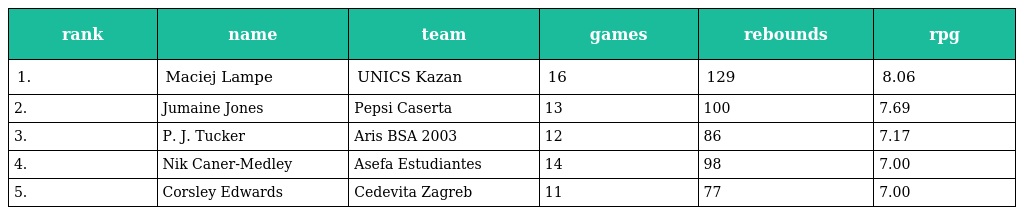
| rank | name | team | games | rebounds | rpg |
 | --- | --- | --- | --- | --- | --- |
 | 1. | Maciej Lampe | UNICS Kazan | 16 | 129 | 8.06 |
 | 2. | Jumaine Jones | Pepsi Caserta | 13 | 100 | 7.69 |
 | 3. | P. J. Tucker | Aris BSA 2003 | 12 | 86 | 7.17 |
 | 4. | Nik Caner-Medley | Asefa Estudiantes | 14 | 98 | 7.00 |
 | 5. | Corsley Edwards | Cedevita Zagreb | 11 | 77 | 7.00 |